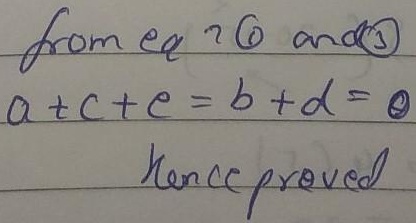
from eq \(\textcircled{1}\) and \(\textcircled{3}\)

\(a + c+e=b + d = 0\)

Hence proved